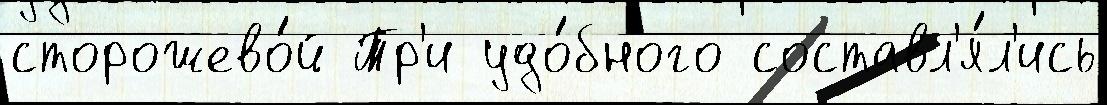
сторожево́й Тр'и удо́бного составл'я́л'ись